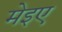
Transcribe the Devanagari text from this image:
मेइए